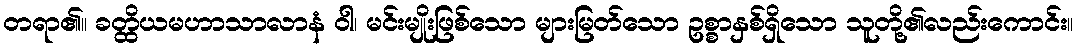
တရာ၏။ ခတ္ထိယမဟာသာလာနံ ဝါ၊ မင်းမျိုးဖြစ်သော များမြတ်သော ဥစ္စာနှစ်ရှိသော သူတို့၏လည်းကောင်း။